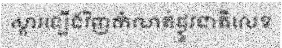
ស្តារឡើងវិញកំណត់ផ្លូវជាតិលេខ